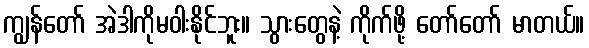
ကျွန်တော် အဲဒါကိုမဝါးနိုင်ဘူး။ သွားတွေနဲ့ ကိုက်ဖို့ တော်တော် မာတယ်။